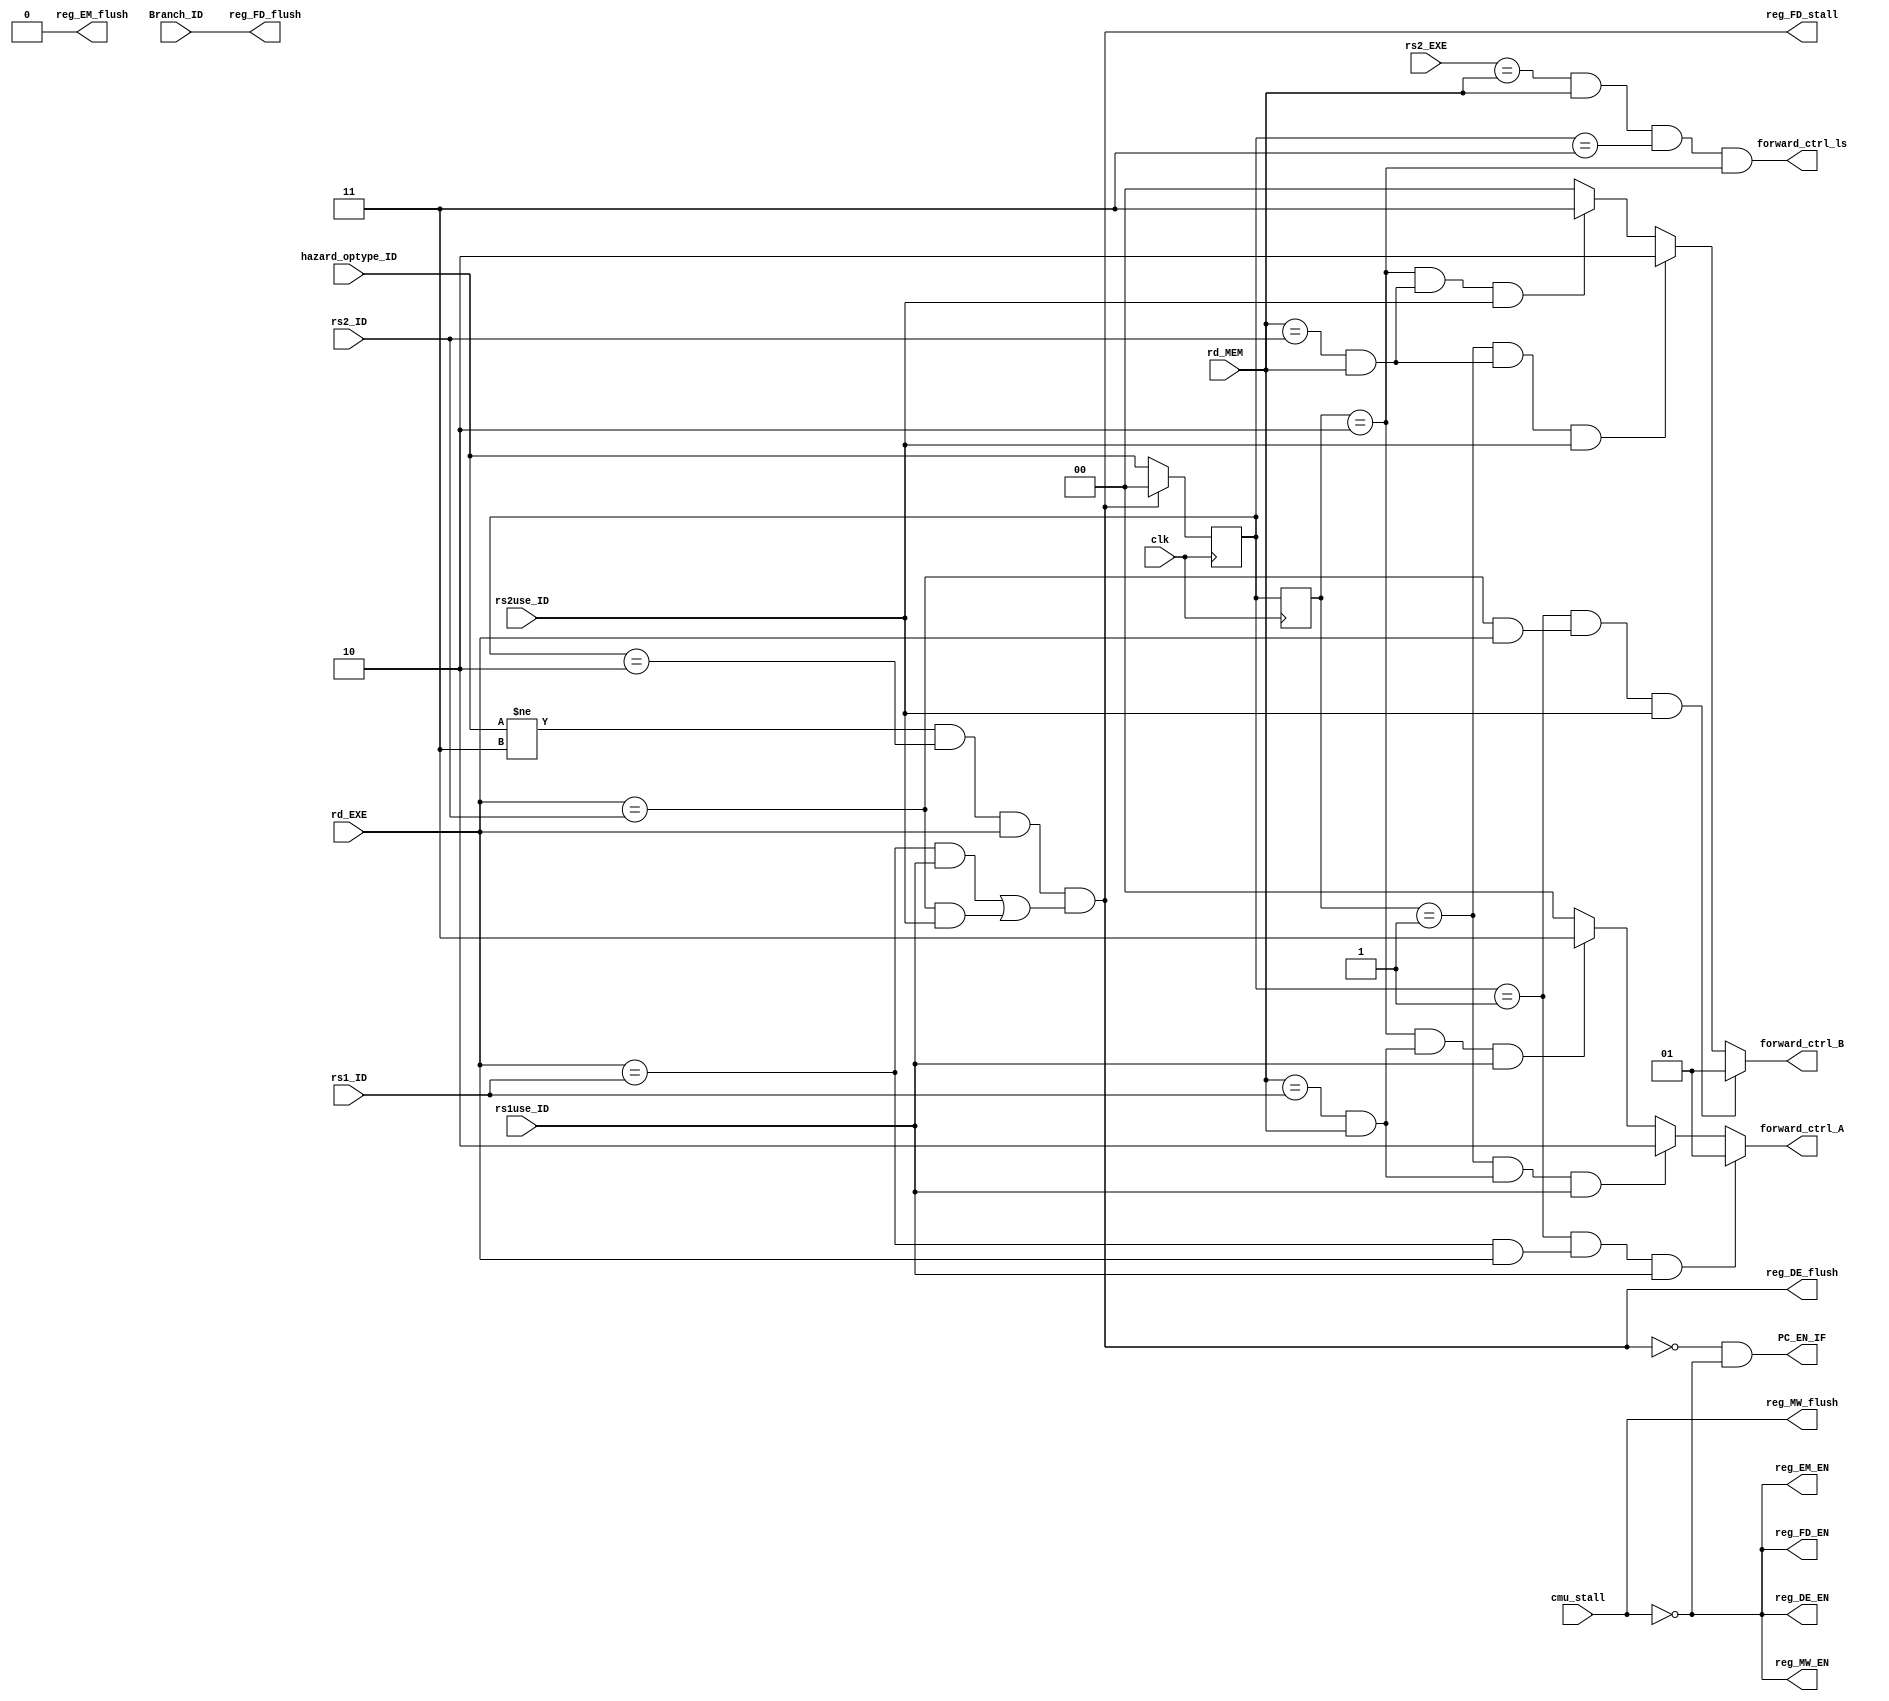
`timescale 1ps/1ps

module HazardDetectionUnit(
    input clk,
    input Branch_ID, rs1use_ID, rs2use_ID,
    input[1:0] hazard_optype_ID,
    input[4:0] rd_EXE, rd_MEM, rs1_ID, rs2_ID, rs2_EXE,
    input cmu_stall,
    output PC_EN_IF, reg_FD_EN, reg_FD_stall, reg_FD_flush,
        reg_DE_EN, reg_DE_flush, reg_EM_EN, reg_MW_EN, reg_EM_flush, reg_MW_flush,
    output forward_ctrl_ls,
    output[1:0] forward_ctrl_A, forward_ctrl_B
);

    // TODO: implement me!
    assign reg_FD_EN = ~cmu_stall;
    assign reg_DE_EN = ~cmu_stall;
    assign reg_EM_EN = ~cmu_stall;
    assign reg_MW_EN = ~cmu_stall;
    assign reg_EM_flush = 1'b0;
    assign reg_MW_flush = cmu_stall;

    // hazard_optype[1:0]: 00 for no hazard, 01 for data, 10 for load, 11 for store
    reg [1:0] hazard_optype_EX;
    reg [1:0] hazard_optype_MEM;
    reg [1:0] hazard_optype_WB;
    always @(posedge clk) begin
        if (reg_DE_flush) begin // flush from ID
            hazard_optype_EX <= 2'b00;            
        end
        else begin
            hazard_optype_EX <= hazard_optype_ID; // pass from ID
        end
        hazard_optype_MEM <= hazard_optype_EX; // pass from EX
        hazard_optype_WB <= hazard_optype_MEM; // pass from MEM
    end
   

    // stall 
    wire stall = (hazard_optype_ID != 2'b11) && //ID hazard not store
        (hazard_optype_EX == 2'b10) && rd_EXE && //EXE hazard load(the former instruction is L type)
        (((rd_EXE == rs1_ID) && rs1use_ID) || ((rd_EXE == rs2_ID) && rs2use_ID));

    wire rs1_forward_ED = (hazard_optype_EX == 2'b01) && //EXE hazard data
        ((rd_EXE == rs1_ID) && rd_EXE) && //EXE write to rs1
        (rs1use_ID); //ID read from rs1

    wire rs2_forward_ED = (hazard_optype_EX == 2'b01) && //EXE hazard data
        ((rd_EXE == rs2_ID) && rd_EXE) && //EXE write to rs2
        (rs2use_ID); //ID read from rs2

    wire rs1_forward_MD = (hazard_optype_MEM == 2'b01) && //MEM hazard data
        ((rd_MEM == rs1_ID) && rd_MEM) && //MEM write to rs1
        (rs1use_ID); //ID read from rs1

    wire rs2_forward_MD = (hazard_optype_MEM == 2'b01) && //MEM hazard data
        ((rd_MEM == rs2_ID) && rd_MEM) && //MEM write to rs2
        (rs2use_ID); //ID read from rs2

    wire rs1_forward_LD = (hazard_optype_MEM == 2'b10) && //MEM hazard load
        ((rd_MEM == rs1_ID) && rd_MEM) && //MEM write to rs1
        (rs1use_ID); //ID read from rs1

    wire rs2_forward_LD = (hazard_optype_MEM == 2'b10) && //MEM hazard load
        ((rd_MEM == rs2_ID) && rd_MEM) && //MEM write to rs2
        (rs2use_ID); //ID read from rs2

    // predict not taken
    assign reg_FD_flush = Branch_ID; // branch correct, flush the content in IF/ID

    // stall handling 
    assign reg_FD_stall = stall; // stall
    assign reg_DE_flush = stall; // stall, flush the content in ID/EX
    assign PC_EN_IF = ~stall && ~cmu_stall; // stall, no IF
    
    assign forward_ctrl_A = rs1_forward_ED ? 2'b01 :
                            (rs1_forward_MD ? 2'b10 :
                            (rs1_forward_LD ? 2'b11 : 2'b00));
    assign forward_ctrl_B = rs2_forward_ED ? 2'b01 :
                            (rs2_forward_MD ? 2'b10 :
                            (rs2_forward_LD ? 2'b11 : 2'b00));
    assign forward_ctrl_ls = (rs2_EXE == rd_MEM) && rd_MEM && (hazard_optype_EX == 2'b11) && (hazard_optype_MEM == 2'b10);

endmodule